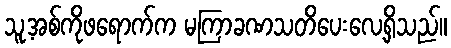
သူ့အစ်ကိုဖရောက်က မကြာခဏသတိပေးလေ့ရှိသည်။